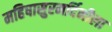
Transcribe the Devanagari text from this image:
महिषासुरमर्दिनीला